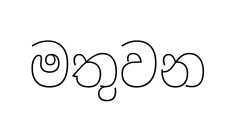
මතුවන